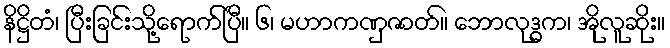
နိဋ္ဌိတံ၊ ပြီးခြင်းသို့ရောက်ပြီ။ ၆၊ မဟာကဏှဇာတ်။ ဘောလုဒ္ဓက၊ အိုလူဆိုး။